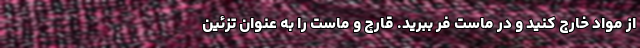
از مواد خارج کنید و در ماست فر ببرید. قارچ و ماست را به عنوان تزئین